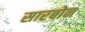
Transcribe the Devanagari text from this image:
सारबोन